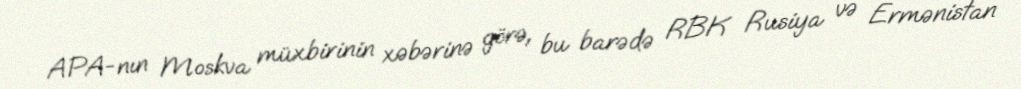
APA-nın Moskva müxbirinin xəbərinə görə, bu barədə RBK Rusiya və Ermənistan